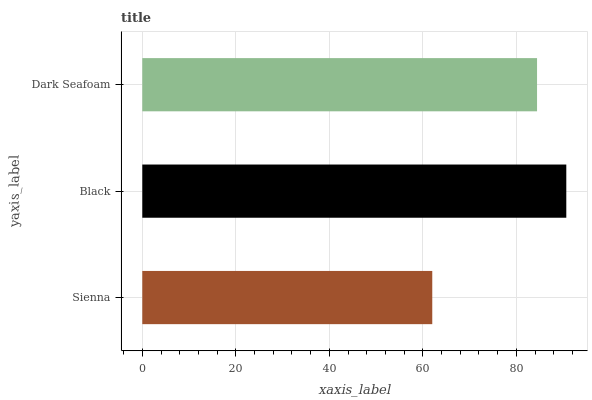
| yaxis_label | bars |
 | --- | --- |
 | Sienna | 62 |
 | Black | 90.7 |
 | Dark Seafoam | 84.4 |